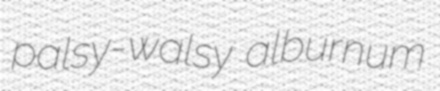
palsy-walsy alburnum